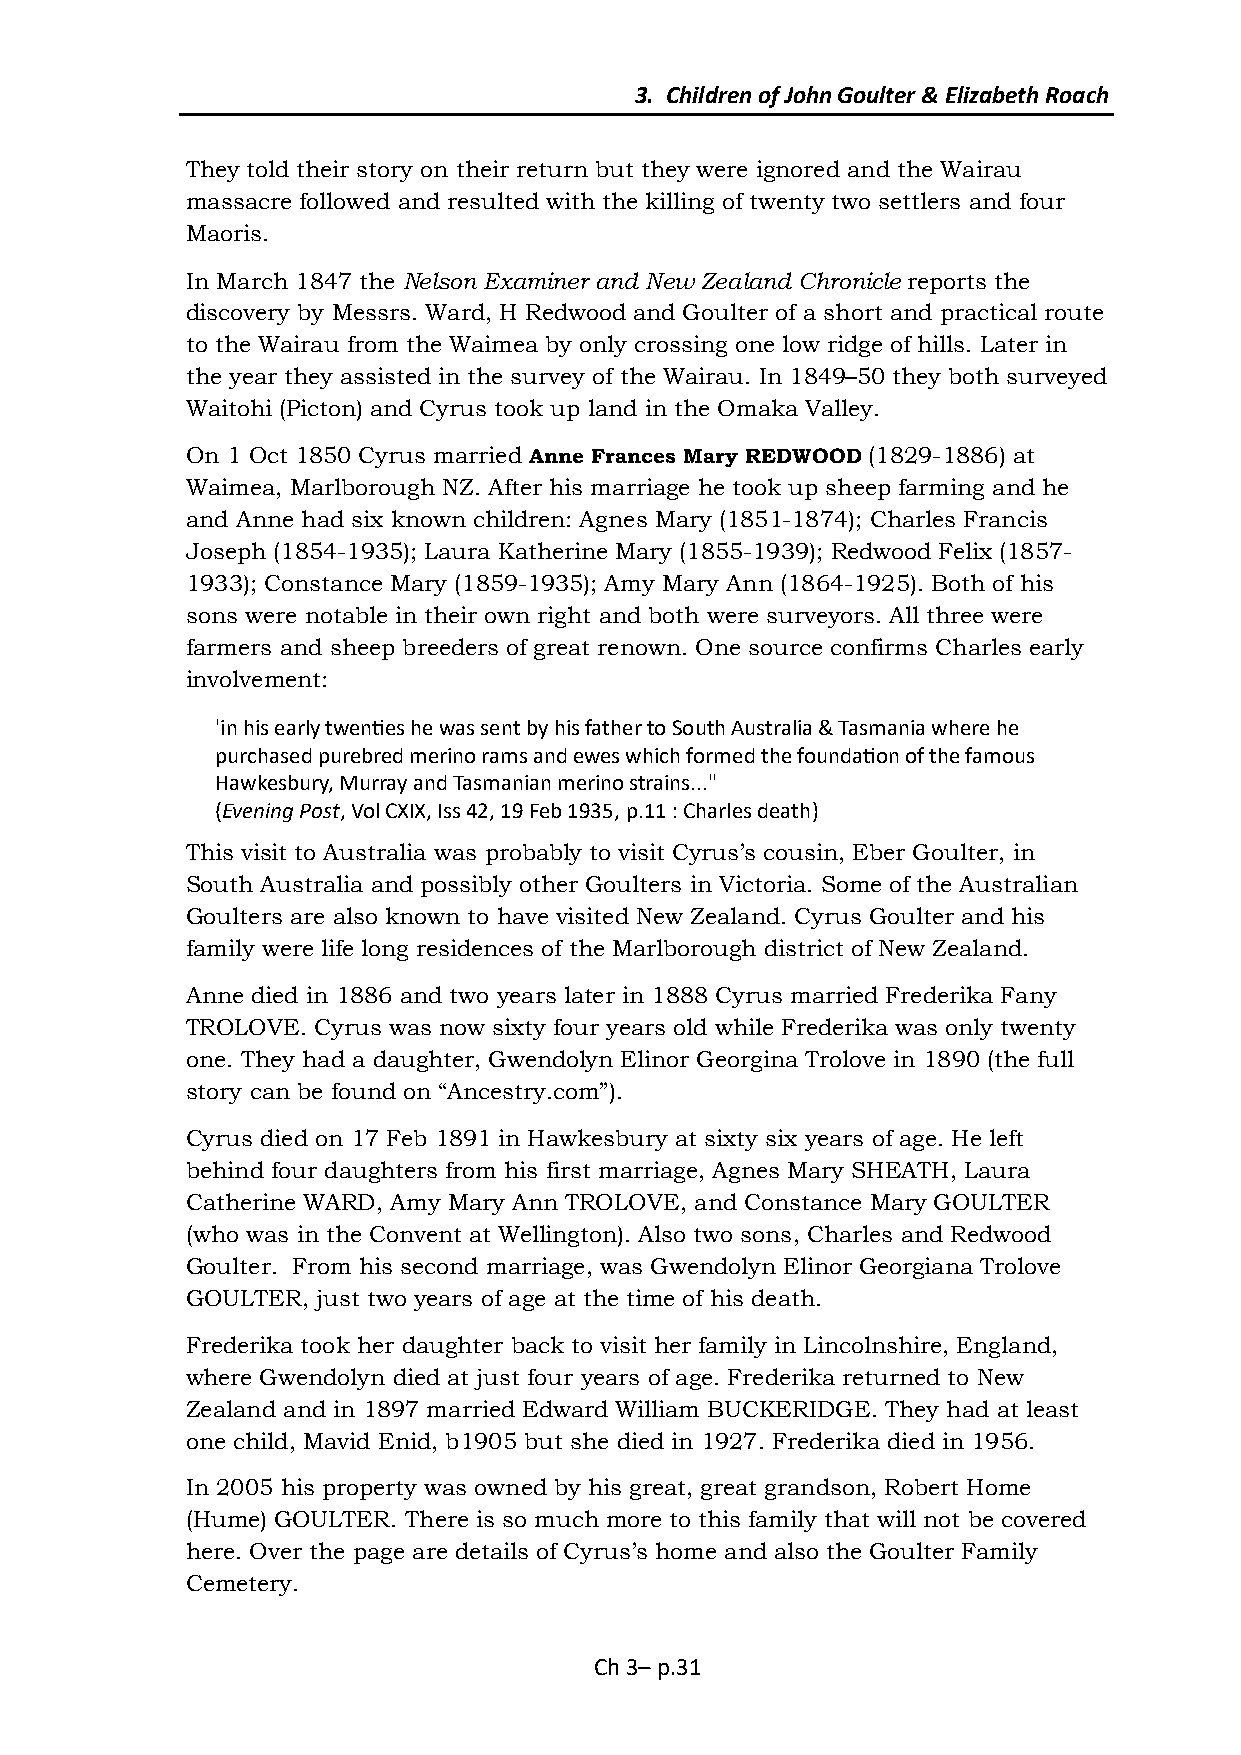
3. Children of John Goulter & Elizabeth Roach
 They told their story on their return but they were ignored and the Wairau
 massacre followed and resulted with the killing of twenty two settlers and four
 Maoris.
 In March 1847 the Nelson Examiner and New Zealand Chronicle reports the
 discovery by Messrs. Ward, H Redwood and Goulter of a short and practical route
 to the Wairau from the Waimea by only crossing one low ridge of hills. Later in
 the year they assisted in the survey of the Wairau. In 1849–50 they both surveyed
 Waitohi (Picton) and Cyrus took up land in the Omaka Valley.
 On 1 Oct 1850 Cyrus married Anne Frances Mary REDWOOD (1829-1886) at
 Waimea, Marlborough NZ. After his marriage he took up sheep farming and he
 and Anne had six known children: Agnes Mary (1851-1874); Charles Francis
 Joseph (1854-1935); Laura Katherine Mary (1855-1939); Redwood Felix (1857-
 1933); Constance Mary (1859-1935); Amy Mary Ann (1864-1925). Both of his
 sons were notable in their own right and both were surveyors. All three were
 farmers and sheep breeders of great renown. One source confirms Charles early
 involvement:
 'in his early twenties he was sent by his father to South Australia & Tasmania where he
 purchased purebred merino rams and ewes which formed the foundation of the famous
 Hawkesbury, Murray and Tasmanian merino strains..."
 (Evening Post, Vol CXIX, Iss 42, 19 Feb 1935, p.11 : Charles death)
 This visit to Australia was probably to visit Cyrus’s cousin, Eber Goulter, in
 South Australia and possibly other Goulters in Victoria. Some of the Australian
 Goulters are also known to have visited New Zealand. Cyrus Goulter and his
 family were life long residences of the Marlborough district of New Zealand.
 Anne died in 1886 and two years later in 1888 Cyrus married Frederika Fany
 TROLOVE. Cyrus was now sixty four years old while Frederika was only twenty
 one. They had a daughter, Gwendolyn Elinor Georgina Trolove in 1890 (the full
 story can be found on “Ancestry.com”).
 Cyrus died on 17 Feb 1891 in Hawkesbury at sixty six years of age. He left
 behind four daughters from his first marriage, Agnes Mary SHEATH, Laura
 Catherine WARD, Amy Mary Ann TROLOVE, and Constance Mary GOULTER
 (who was in the Convent at Wellington). Also two sons, Charles and Redwood
 Goulter. From his second marriage, was Gwendolyn Elinor Georgiana Trolove
 GOULTER, just two years of age at the time of his death.
 Frederika took her daughter back to visit her family in Lincolnshire, England,
 where Gwendolyn died at just four years of age. Frederika returned to New
 Zealand and in 1897 married Edward William BUCKERIDGE. They had at least
 one child, Mavid Enid, b1905 but she died in 1927. Frederika died in 1956.
 In 2005 his property was owned by his great, great grandson, Robert Home
 (Hume) GOULTER. There is so much more to this family that will not be covered
 here. Over the page are details of Cyrus’s home and also the Goulter Family
 Cemetery.
 Ch 3– p.31